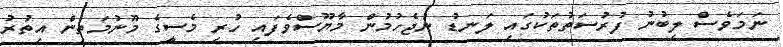
ނަމަވެސް ލިބުނު ފުރުސަތުތަކުގައި ލަނޑު ނުޖެހުމުން މާޔޫސްވެފައި ހުރި މެސީގެ މޫނުމަތިން އިތުރު